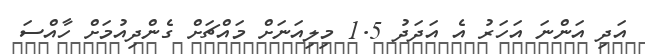
އަދި އަންނަ އަހަރު އެ އަދަދު 1.5 މިލިއަނަށް މައްޗަށް ގެންދިއުމަށް ހާއްސަ